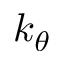
k _ { \theta }